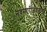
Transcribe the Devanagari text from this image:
नवसारीजवळच्या